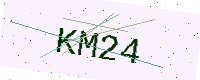
Text: KM24